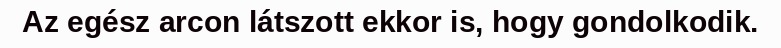
Az egész arcon látszott ekkor is, hogy gondolkodik.